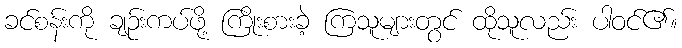
ခင်စန်းကို ချဉ်းကပ်ဖို့ ကြိုးစားခဲ့ ကြသူများတွင် ထိုသူလည်း ပါဝင်၏။